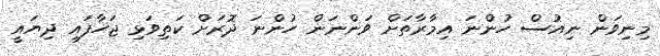
މިނިވަން ނިއުސް ހުންނަ އިމާރާތަށް ވަންނަން ހުންނަ ދޮރަށް ކަތިވަޅި ޖަހާފައި ދިޔައީ